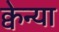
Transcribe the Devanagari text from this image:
क्वेन्या